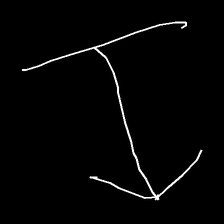
Glyph: levitation